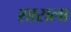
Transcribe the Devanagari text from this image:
शाराला